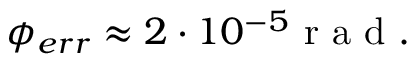
\phi _ { e r r } \approx 2 \cdot 1 0 ^ { - 5 } \mathrm { ~ r ~ a ~ d ~ . ~ }